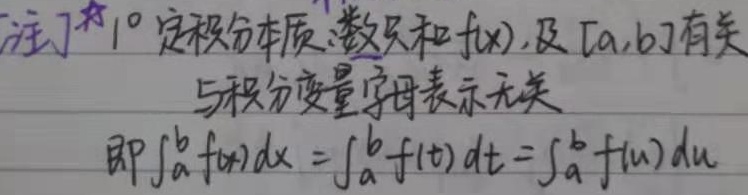
[注] \(1^{\circ}\) 定积分本质：数值和\(f(x)\)，及\([a,b]\)有关，与积分变量字母表示无关，即\(\int_{a}^{b} f(x)dx = \int_{a}^{b} f(t)dt = \int_{a}^{b} f(u)du\)